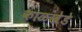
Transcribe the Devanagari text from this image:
काळखेडे